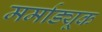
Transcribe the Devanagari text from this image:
मर्माड्यूक